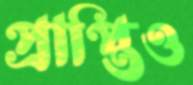
প্রাপ্তিও